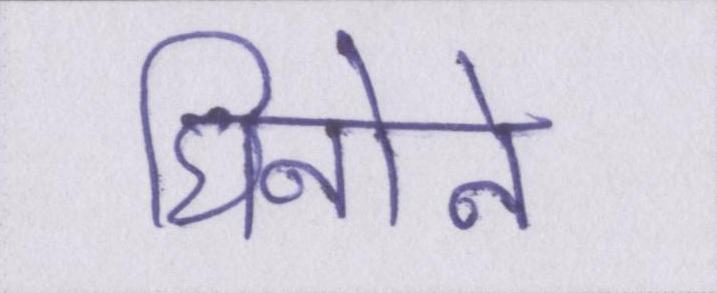
घिनोने